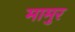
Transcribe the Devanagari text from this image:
मामुर